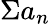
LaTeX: \Sigma a_{n}